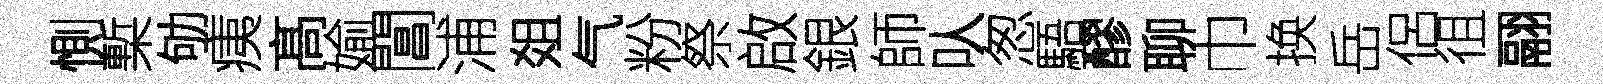
惻槧劬痍髙媮閶浦爼气粉祭啟銀師㕥怱䮏醪聊巾换岳侶徂翮